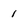
Character: 1